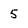
Character: 5